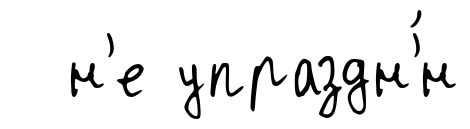
н'е упраздн'́н